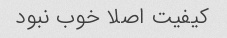
کیفیت اصلا خوب نبود